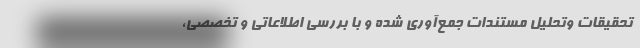
تحقیقات وتحلیل مستندات جمع‌آوری شده و با بررسی اطلاعاتی و تخصصی،